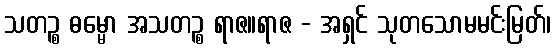
သတဉ္စ ဓမ္မော အသတဉ္စ ရာဇ။ရာဇ - အရှင် သုတသောမမင်းမြတ်၊